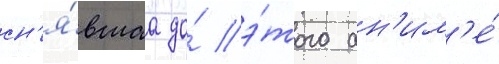
сн'я́вшаа до́ э́того ан'им'е́